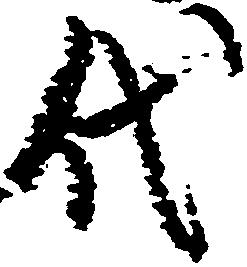
代